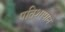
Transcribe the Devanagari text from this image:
पतिशापाने